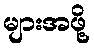
များအဖို့